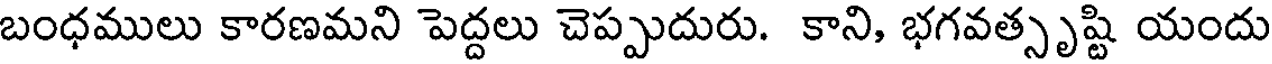
బంధములు కారణమని పెద్దలు చెప్పుదురు. కాని, భగవత్సృష్టి యందు